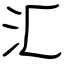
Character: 汇